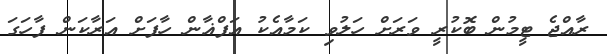
ރާއްޖެ ޓީމުން ބޮކުރީ ވަރަށް ހަލުވި ކަމާއެކު އަފްޣާން ހާފަށް އަރާކަން ފާހަގަ